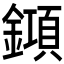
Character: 𨬰